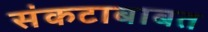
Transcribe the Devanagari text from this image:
संकटाबाबत